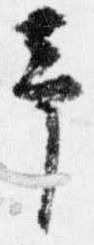
予